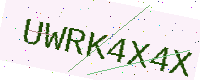
Text: UWRK4X4X